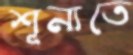
শূন্যতে